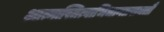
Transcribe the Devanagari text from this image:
आत्मास्तित्वाभिधानप्रसक्तौ